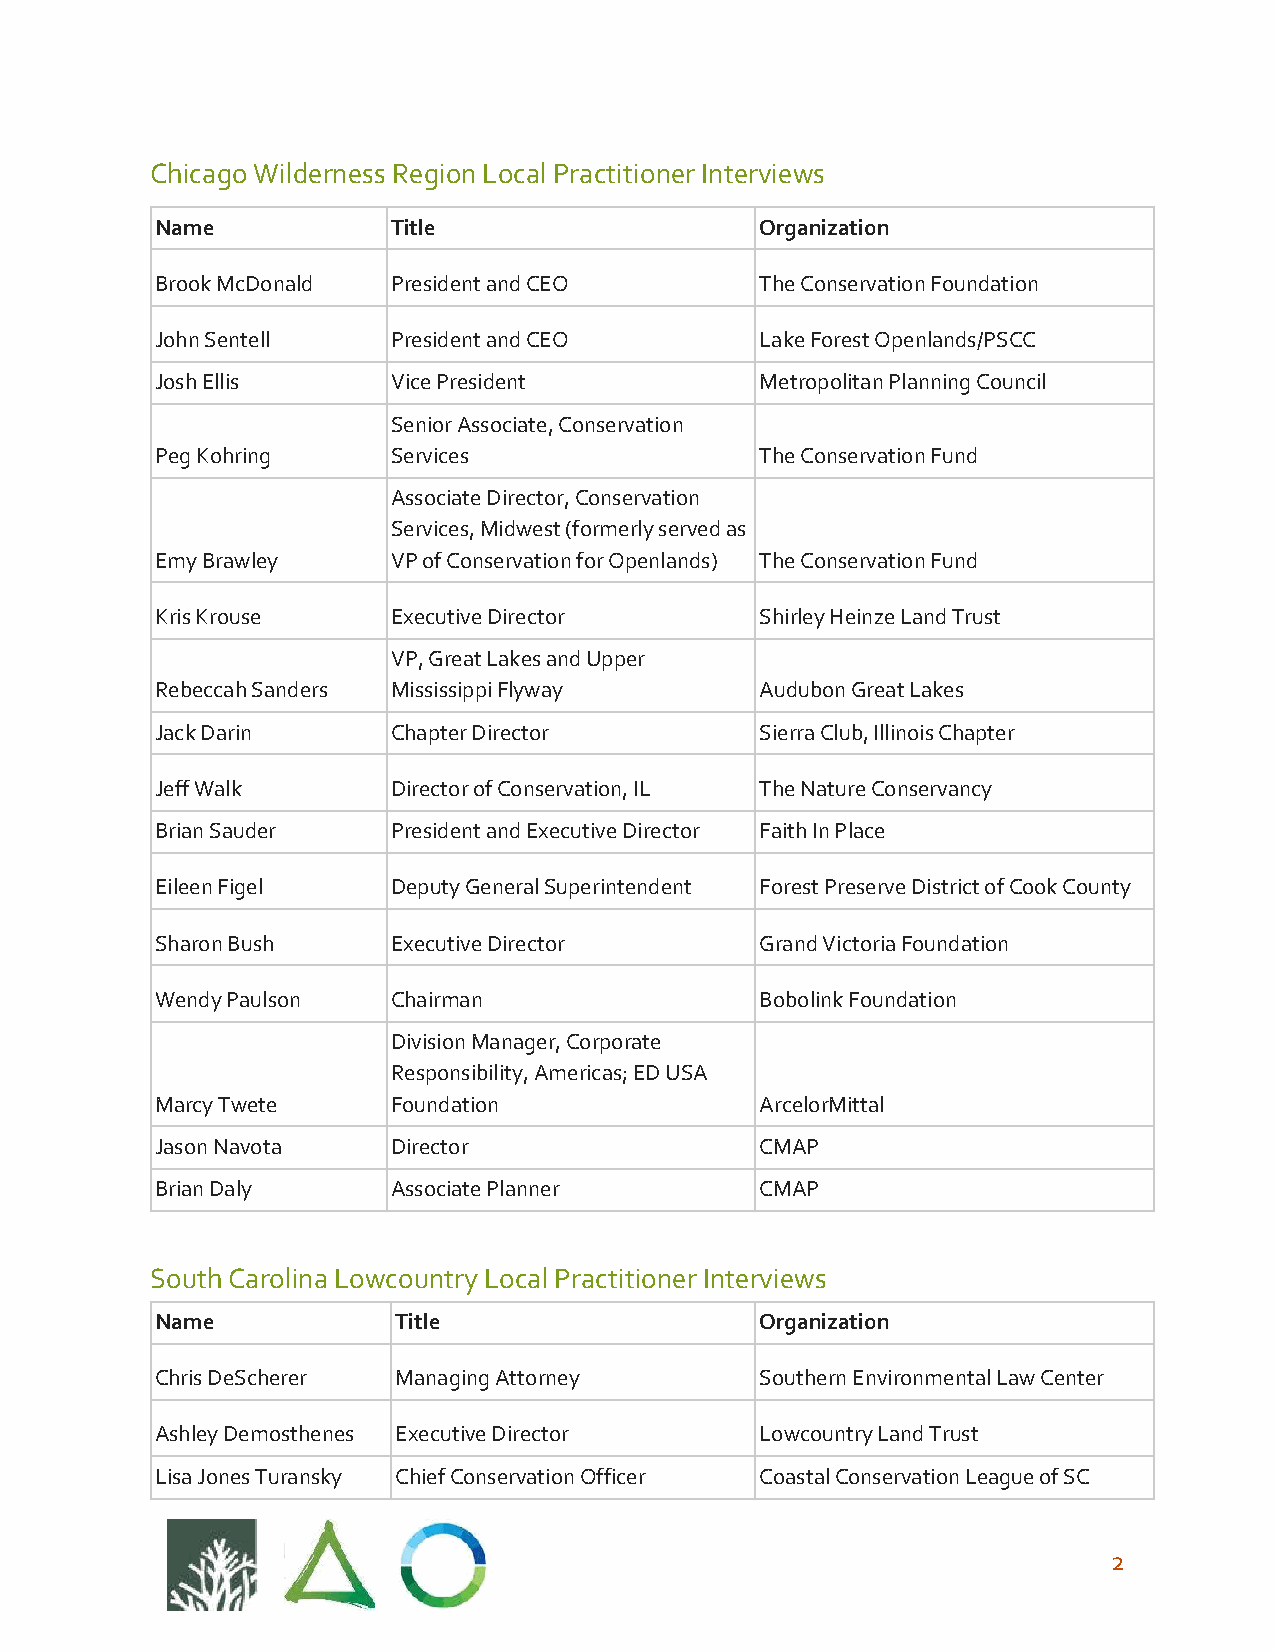
Chicago Wilderness Region Local Practitioner Interviews
 Name            Title                   Organization
 Brook McDonald  President and CEO       The Conservation Foundation
 John Sentell    President and CEO       Lake Forest Openlands/PSCC
 Josh Ellis      Vice President          Metropolitan Planning Council
 Senior Associate, Conservation
 Peg Kohring     Services                The Conservation Fund
 Associate Director, Conservation
 Services, Midwest (formerly served as
 Emy Brawley     VP of Conservation for Openlands) The Conservation Fund
 Kris Krouse     Executive Director      Shirley Heinze Land Trust
 VP, Great Lakes and Upper
 Rebeccah Sanders Mississippi Flyway     Audubon Great Lakes
 Jack Darin      Chapter Director        Sierra Club, Illinois Chapter
 Jeff Walk       Director of Conservation, IL The Nature Conservancy
 Brian Sauder    President and Executive Director Faith In Place
 Eileen Figel    Deputy General Superintendent Forest Preserve District of Cook County
 Sharon Bush     Executive Director      Grand Victoria Foundation
 Wendy Paulson   Chairman                Bobolink Foundation
 Division Manager, Corporate
 Responsibility, Americas; ED USA
 Marcy Twete     Foundation              ArcelorMittal
 Jason Navota    Director                CMAP
 Brian Daly      Associate Planner       CMAP
 South Carolina Lowcountry Local Practitioner Interviews
 Name            Title                   Organization
 Chris DeScherer Managing Attorney       Southern Environmental Law Center
 Ashley Demosthenes Executive Director   Lowcountry Land Trust
 Lisa Jones Turansky Chief Conservation Officer Coastal Conservation League of SC
 2